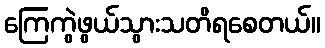
ကြေကွဲဖွယ်သွားသတိရစေတယ်။